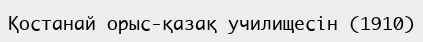
Қостанай орыс-қазақ училищесін (1910)